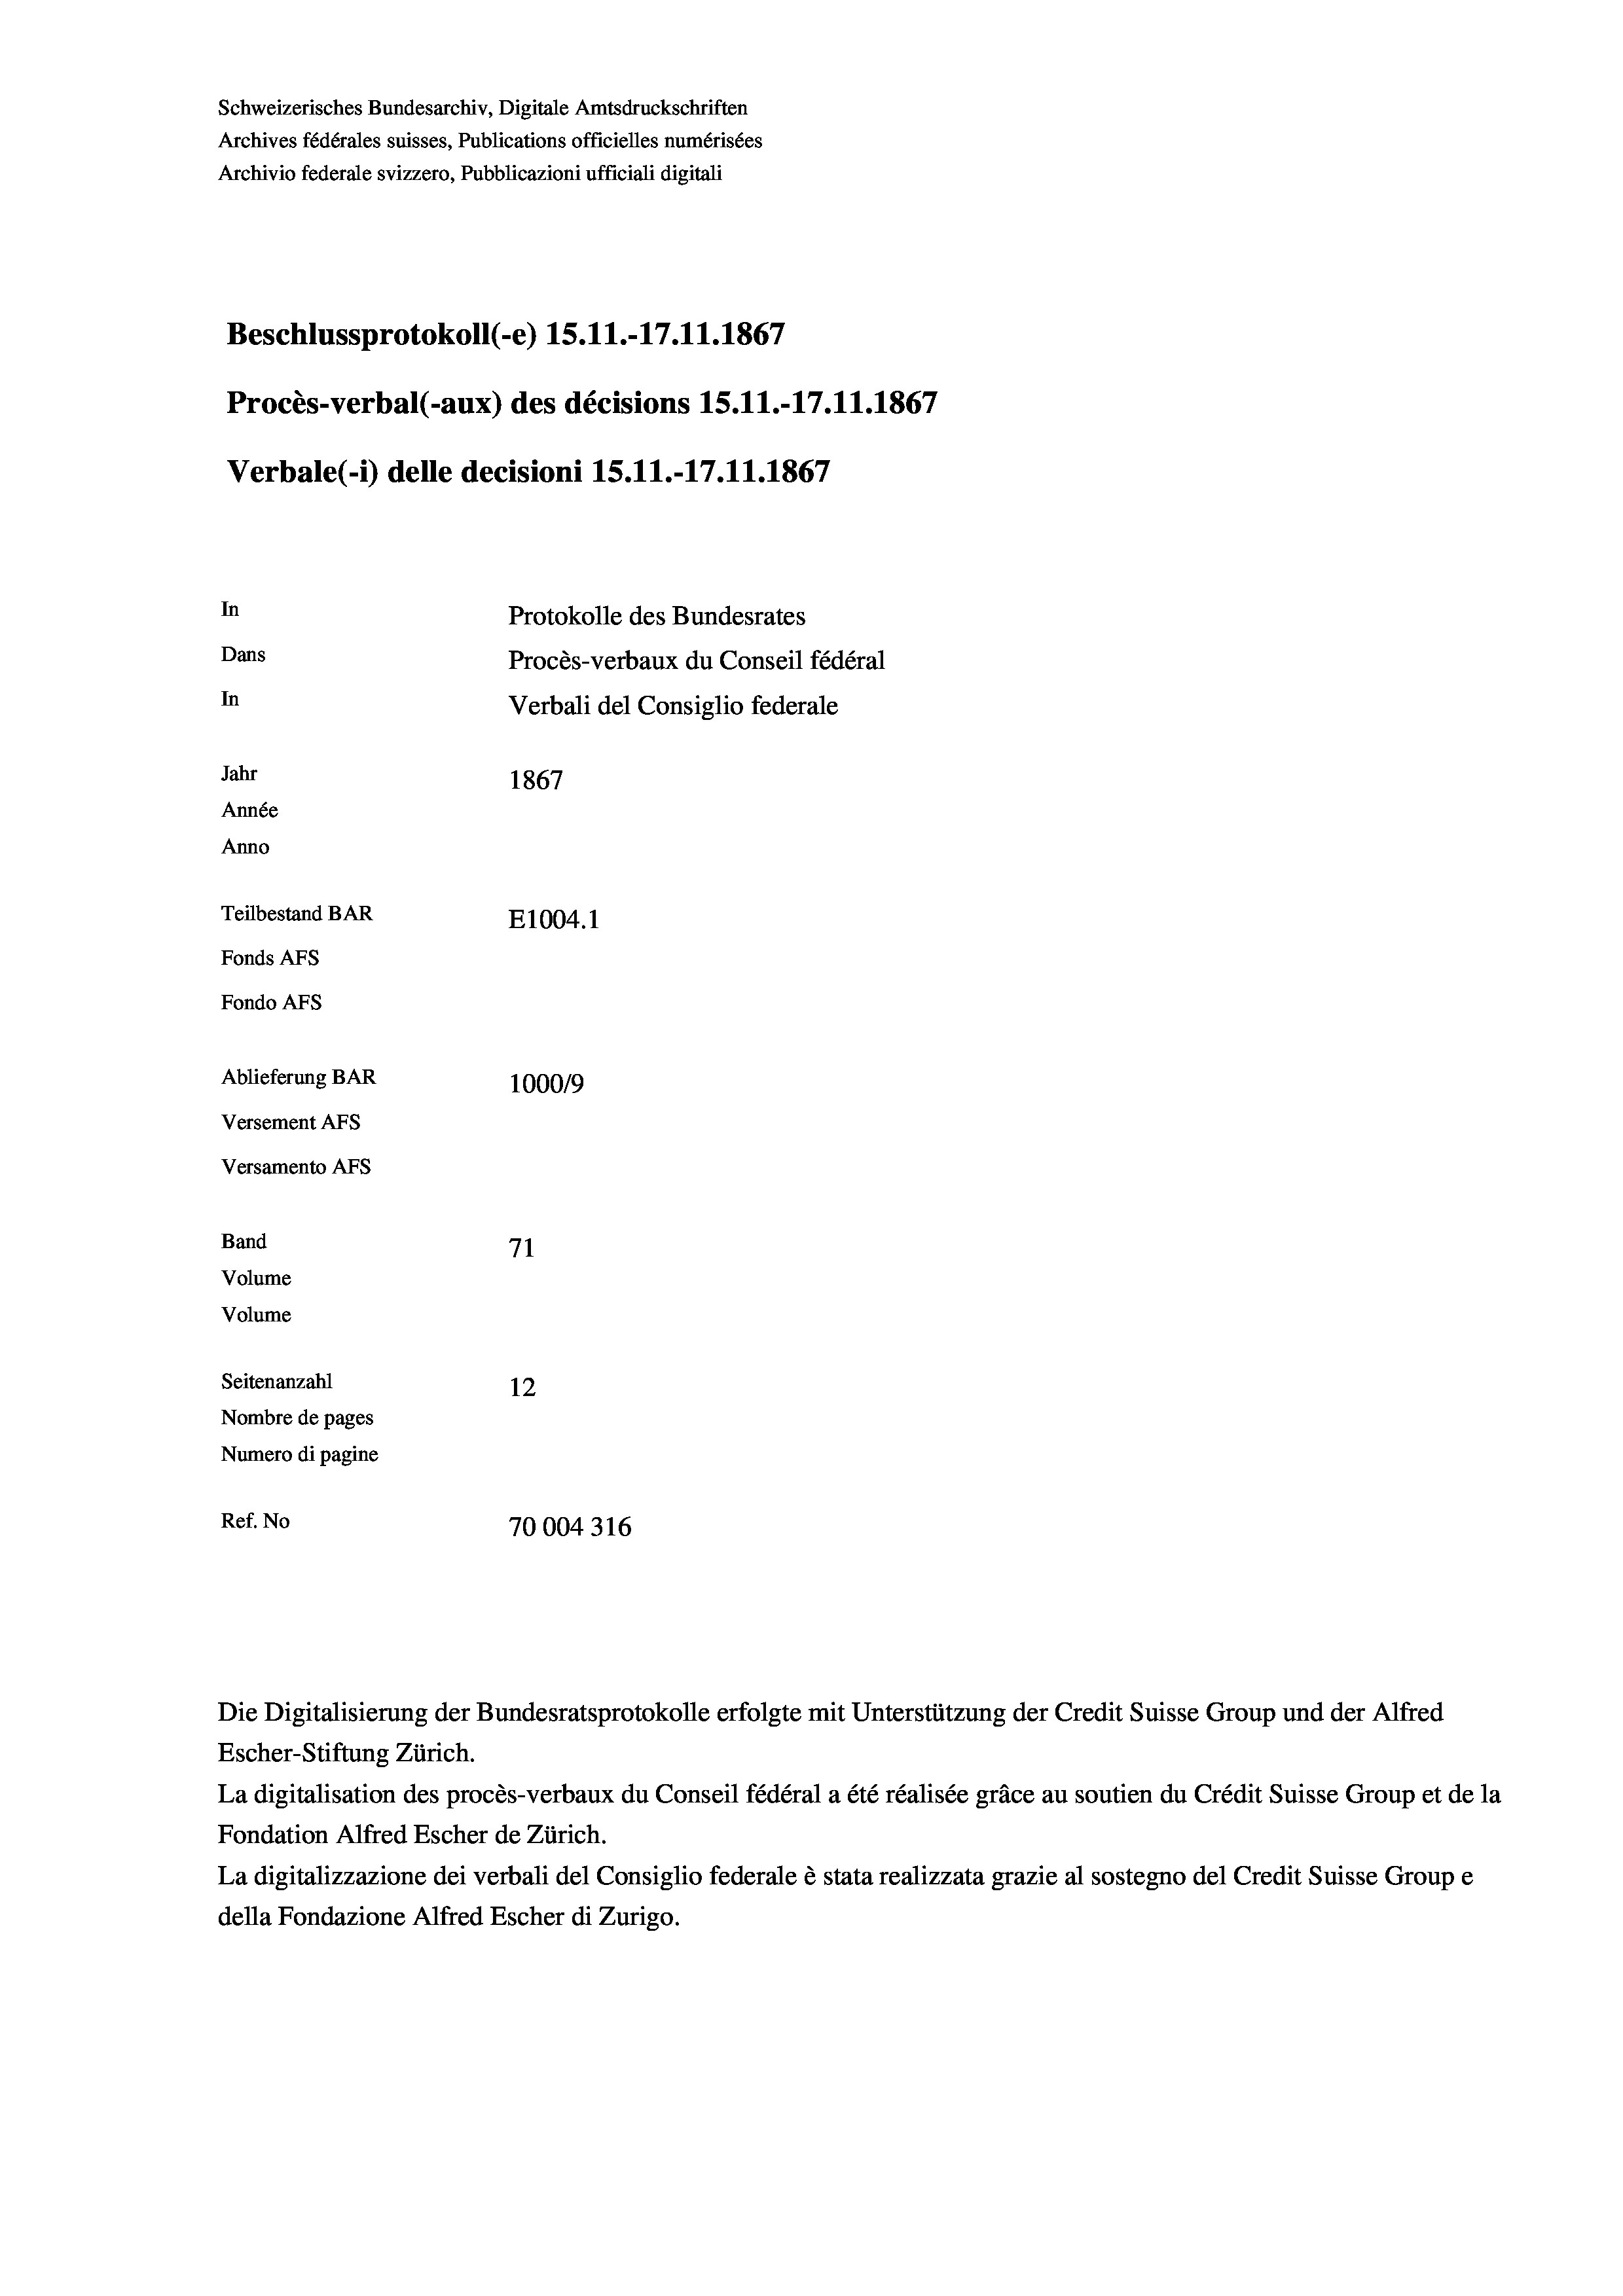
Schweizerisches Bundesarchiv, Digitale Amtsdruckschriften
Archives fédérales suisses, Publications officielles numérisées
Archivio federale svizzero, Pubblicazioni ufficiali digitali
Beschlussprotokoll (-e) 15.11.-17.11.1867
Procès-verbal (-aux) des décisions 15.11.-17.11.1867
Verbale(-*) delle decisioni 15.11.-17.11.1867
In
Protokolle des Bundesrates
Dans
Procès-verbaux du Conseil fédéral
In
Verbali del Consiglio federale
Jahr
1867
Année
Anno
Teilbestand BAR
E1004.1
Fonds Afs
Fondo AFs
Ablieferung BAR
100019
Versement Ans
Versamento Afs

Band
Volume
Volume

Seitenanzahl

71
12
Nombre de pages
Numero di pagine
Ref. No
70004316

La digitalisation des procès-verbaux du Conseil fédéral a été réalisée gräce au soutien du Crédit Suisse Group et de la
Fondation Alfred Escher de Zürich.
La digitalizzazione dei verbali del Consiglio federale è stata realizzata grazie al sostegno del Credit Suisse Groupe
della Fondazione Alfred Escher di Zurigo.

Die Digitalisierung der Bundesratsprotokolle erfolgte mit Unterstützung der Credit Suisse Group und der Alfred
Escher-Stiftung Zürich.